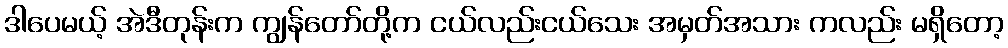
ဒါပေမယ့် အဲဒီတုန်းက ကျွန်တော်တို့က ငယ်လည်းငယ်သေး အမှတ်အသား ကလည်း မရှိတော့